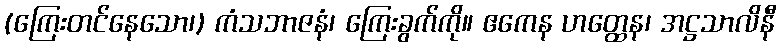
(ကြေးတင်နေသော၊) ကံသဘာဇနံ၊ ကြေးခွက်ကို။ ဧကေန ဟတ္ထေန၊ အဋ္ဌသာလိနီ